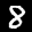
Label: 8